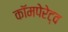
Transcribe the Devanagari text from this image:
कॉमपेरेट्व